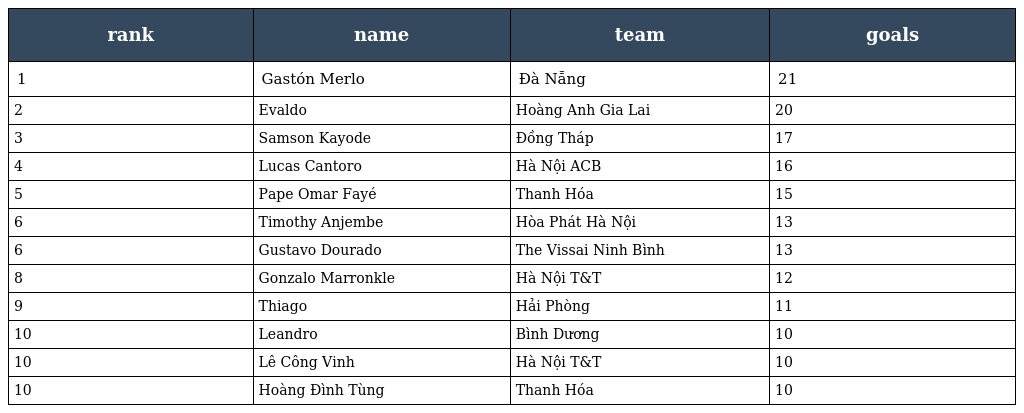
| rank | name | team | goals |
 | --- | --- | --- | --- |
 | 1 | Gastón Merlo | Ðà Nẵng | 21 |
 | 2 | Evaldo | Hoàng Anh Gia Lai | 20 |
 | 3 | Samson Kayode | Đồng Tháp | 17 |
 | 4 | Lucas Cantoro | Hà Nội ACB | 16 |
 | 5 | Pape Omar Fayé | Thanh Hóa | 15 |
 | 6 | Timothy Anjembe | Hòa Phát Hà Nội | 13 |
 | 6 | Gustavo Dourado | The Vissai Ninh Bình | 13 |
 | 8 | Gonzalo Marronkle | Hà Nội T&T | 12 |
 | 9 | Thiago | Hải Phòng | 11 |
 | 10 | Leandro | Bình Dương | 10 |
 | 10 | Lê Công Vinh | Hà Nội T&T | 10 |
 | 10 | Hoàng Đình Tùng | Thanh Hóa | 10 |